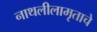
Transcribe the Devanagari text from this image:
नाथलीलामृताचे